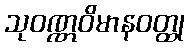
သုဝဏ္ဏဝိမာနဝတ္ထု